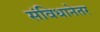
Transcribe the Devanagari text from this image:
संविधानेतर